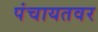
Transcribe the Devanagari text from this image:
पंचायतवर